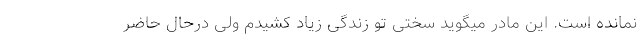
نمانده است. این مادر میگوید سختی تو زندگی زیاد کشیدم ولی درحال حاضر